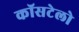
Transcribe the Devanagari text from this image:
कॉसटेलो